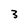
Character: 3